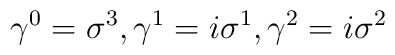
{\gamma}^0 =  {\sigma}^3 ,  {\gamma}^1 =  i{\sigma}^1 ,  {\gamma}^2 =  i{\sigma}^2